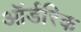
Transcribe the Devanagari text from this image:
ऑर्डरिक